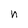
Character: n